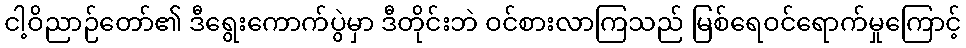
ငါ့ဝိညာဉ်တော်၏ ဒီရွေးကောက်ပွဲမှာ ဒီတိုင်းဘဲ ဝင်စားလာကြသည် မြစ်ရေဝင်ရောက်မှုကြောင့်